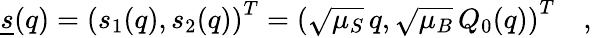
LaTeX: \underline{{s}}(q)=\left(s_{1}(q),s_{2}(q)\right)^{T}=\left(\sqrt{\mu_{S}}\, q,\sqrt{\mu_{B}}\, Q_{0}(q)\right)^{T}\quad,